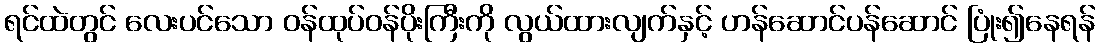
ရင်ထဲတွင် လေးပင်သော ဝန်ထုပ်ဝန်ပိုးကြီးကို လွယ်ထားလျက်နှင့် ဟန်ဆောင်ပန်ဆောင် ပြုံး၍နေရန်